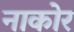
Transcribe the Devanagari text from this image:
नाकोर